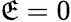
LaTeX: \mathfrak{E}=0